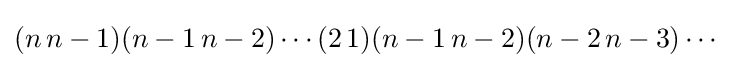
(n\,n-1)(n-1\,n-2)\cdots (2\,1)(n-1\,n-2)(n-2\,n-3)\cdots